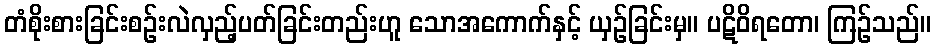
တံစိုးစားခြင်းစဉ်းလဲလှည့်ပတ်ခြင်းတည်းဟူ သောအကောက်နှင့် ယှဉ်ခြင်းမှ။ ပဋိဝိရတော၊ ကြဉ်သည်။